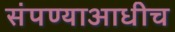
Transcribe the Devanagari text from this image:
संपण्याआधीच